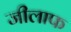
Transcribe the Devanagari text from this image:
जीलाफ